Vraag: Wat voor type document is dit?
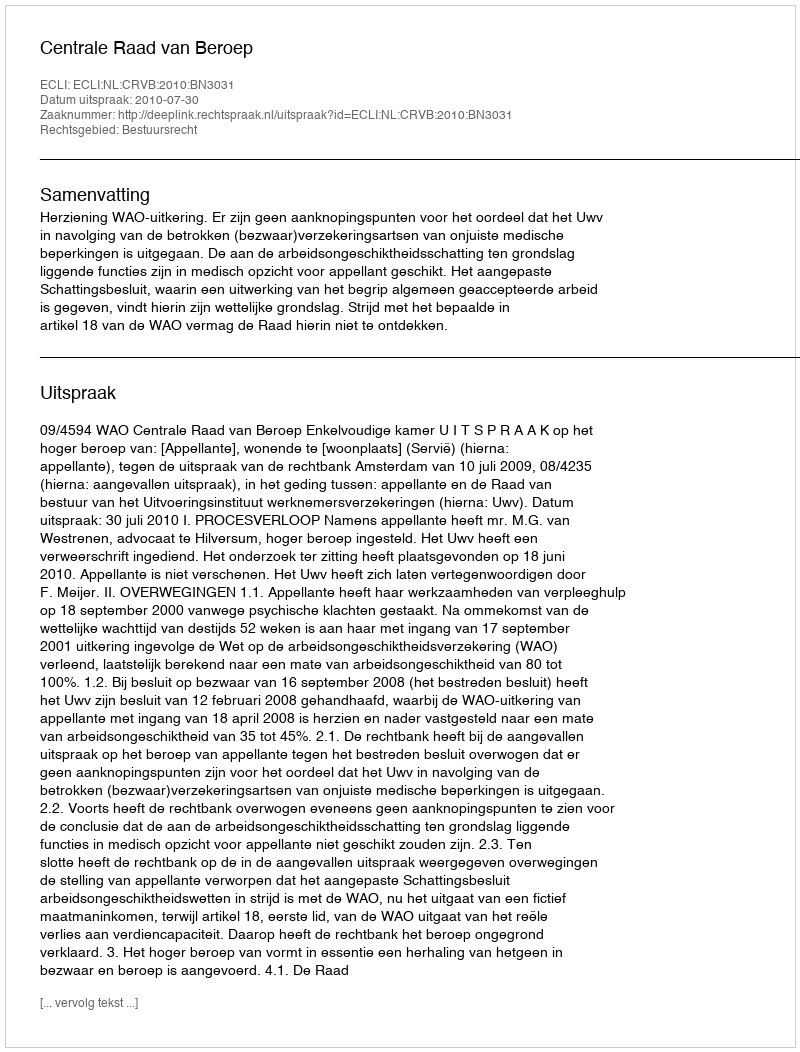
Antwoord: Uitspraak